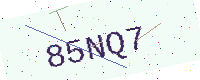
Text: 85NQ7